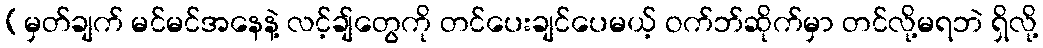
(မှတ်ချက် မင်မင်အနေနဲ့ လင့်ချ်တွေကို တင်ပေးချင်ပေမယ့် ဝက်ဘ်ဆိုက်မှာ တင်လို့မရဘဲ ရှိလို့